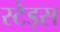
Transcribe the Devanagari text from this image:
स्टेड्स